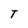
Character: T